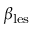
\beta _ { \mathrm { l e s } }